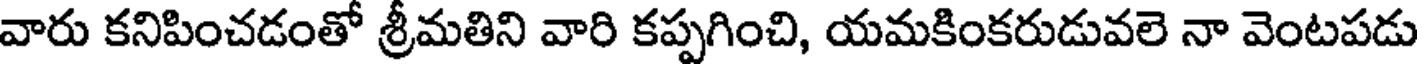
వారు కనిపించడంతో శ్రీమతిని వారి కప్పగించి, యమకింకరుడువలె నా వెంటపడు